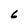
Character: 6